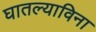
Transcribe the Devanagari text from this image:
घातल्याविना